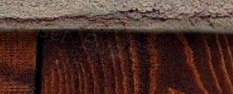
Sunset Blvd